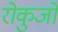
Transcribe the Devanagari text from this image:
रोकुजो